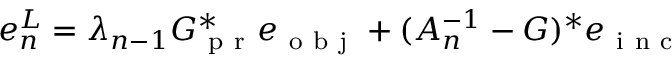
e _ { n } ^ { L } = \lambda _ { n - 1 } G _ { \mathrm { ~ p ~ r ~ } } ^ { * } e _ { \mathrm { ~ o ~ b ~ j ~ } } + ( A _ { n } ^ { - 1 } - G ) ^ { * } e _ { \mathrm { ~ i ~ n ~ c ~ } }